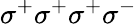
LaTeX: \sigma^{+}\sigma^{+}\sigma^{+}\sigma^{-}